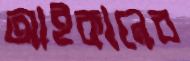
আইকানের